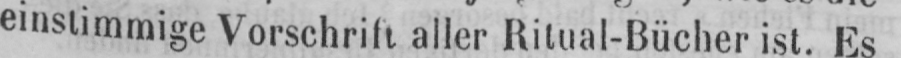
einstimmige Vorschrift aller Ritual-Bücher ist. Es